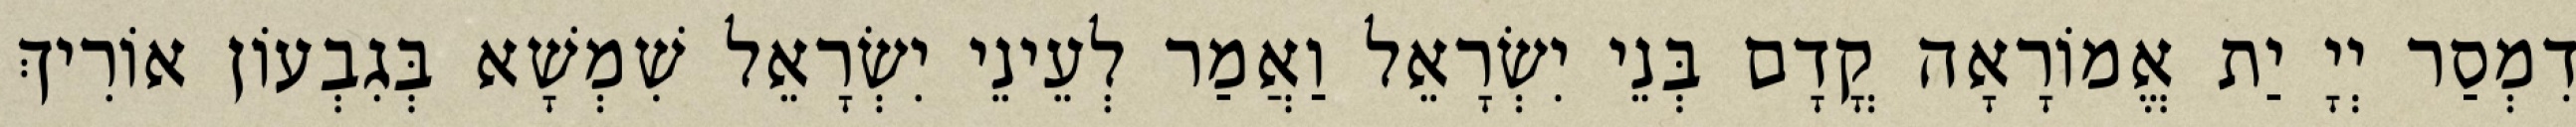
דִמְסַר יְיָ יַת אֱמוֹרָאָה קֳדָם בְּנֵי יִשְׂרָאֵל וַאֲמַר לְעֵינֵי יִשְׂרָאֵל שִׁמְשָׁא בְּגִבְעוֹן אוֹרִיךְ